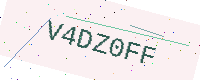
Text: V4DZ0FF